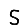
Digit: 5